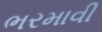
ભરમાવી